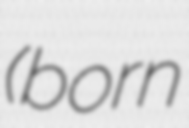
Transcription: (born